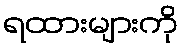
ရထားများကို